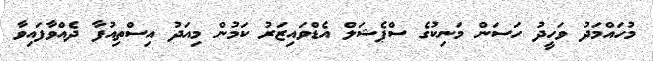
މުހައްމަދު ވަހީދު ހަސަން މަނިކުގެ ސްޕެޝަލް އެޑްވައިޒަރު ކަމުން މިއަދު އިސްތިއުފާ ދެއްވާފައިވާ